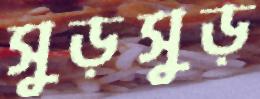
সুড়সুড়